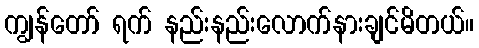
ကျွန်တော် ရက် နည်းနည်းလောက်နားချင်မိတယ်။